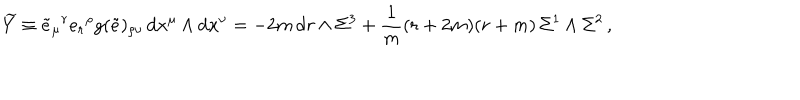
\widetilde Y \equiv \tilde { e } _ { \mu } { } ^ { r } e _ { r } { } ^ { \rho } g ( \tilde { e } ) _ { \rho \nu } \, \mathrm { d } x ^ { \mu } \wedge \mathrm { d } x ^ { \nu } = - 2 m \, \mathrm { d } r \wedge \Sigma ^ { 3 } + \frac { 1 } { m } ( r + 2 m ) ( r + m ) \, \Sigma ^ { 1 } \wedge \Sigma ^ { 2 } \, ,